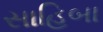
સાહિબા